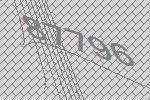
87796